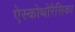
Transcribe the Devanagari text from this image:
ऐस्कोथोरैसिका